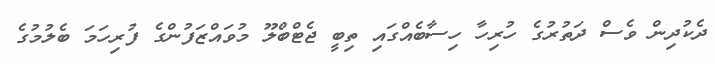
ދެކުދިން ވެސް ދަތުރުގެ ހުރިހާ ހިސާބެއްގައި ތިބީ ޖެޓްބްލޫ މުވައްޒަފުންގެ ފުރިހަމަ ބެލުމުގެ